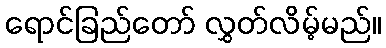
ရောင်ခြည်တော် လွှတ်လိမ့်မည်။